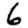
Digit: 6